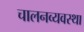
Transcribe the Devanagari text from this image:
चालनव्यवस्था